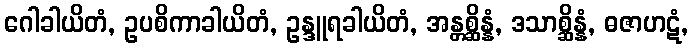
ဂေါခါယိတံ, ဥပစိကာခါယိတံ, ဥန္ဒူရခါယိတံ, အန္တစ္ဆိန္နံ, ဒသာစ္ဆိန္နံ, ဓဇာဟဋံ,